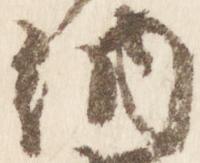
納